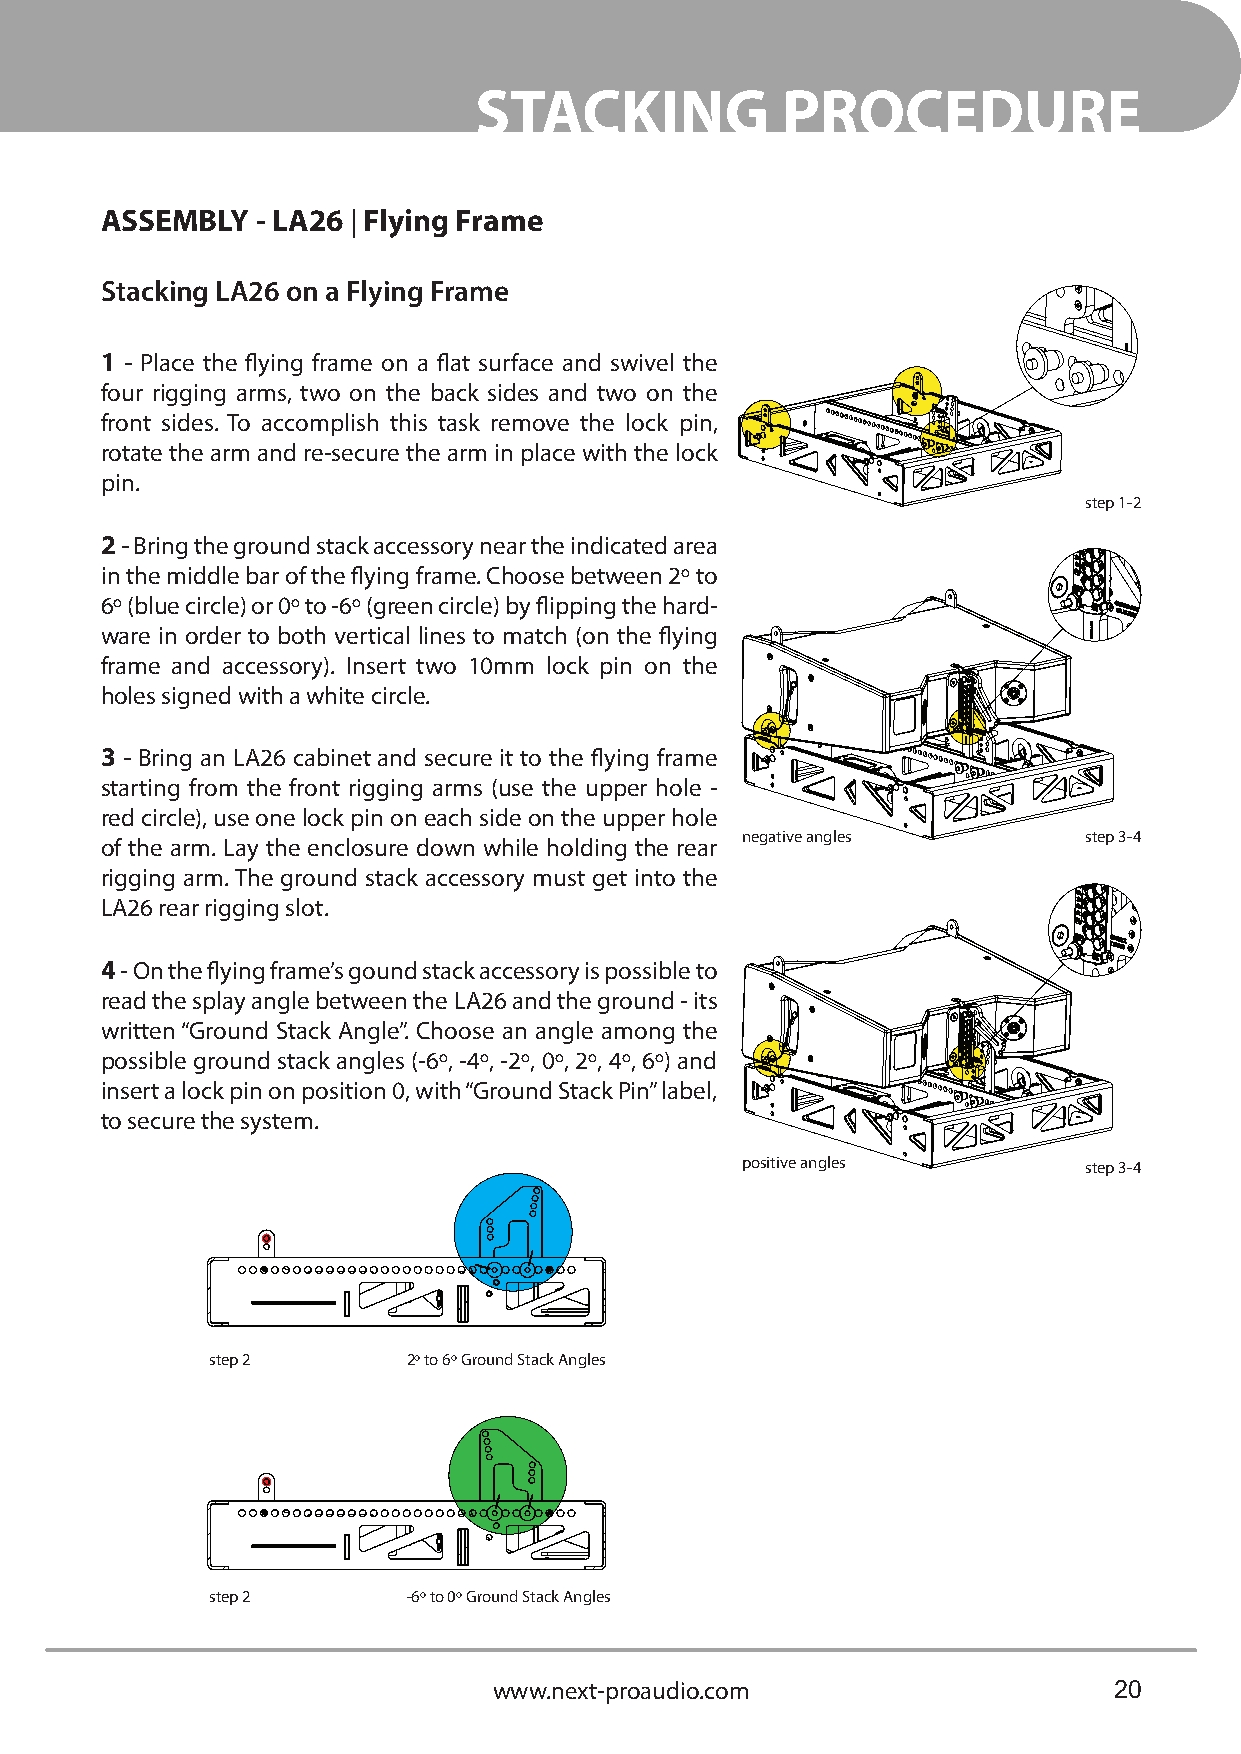
STACKING             PROCEDURE
 ASSEMBLY  - LA26 | Flying Frame
 Stacking LA26 on a Flying Frame
 1 - Place the flying frame on a flat surface and swivel the
 four rigging arms, two on the back sides and two on the
 front sides. To accomplish this task remove the lock pin,
 rotate the arm and re-secure the arm in place with the lock
 pin.
 step 1-2
 2 - Bring the ground stack accessory near the indicated area
 in the middle bar of the flying frame. Choose between 2º to
 6º (blue circle) or 0º to -6º (green circle) by flipping the hard-
 ware in order to both vertical lines to match (on the flying
 frame and accessory). Insert two 10mm lock pin on the
 holes signed with a white circle.
 3 - Bring an LA26 cabinet and secure it to the flying frame
 starting from the front rigging arms (use the upper hole -
 red circle), use one lock pin on each side on the upper hole
 negative angles        step 3-4
 of the arm. Lay the enclosure down while holding the rear
 rigging arm. The ground stack accessory must get into the
 LA26 rear rigging slot.
 4 - On the flying frame’s gound stack accessory is possible to
 read the splay angle between the LA26 and the ground - its
 written “Ground Stack Angle”. Choose an angle among the
 possible ground stack angles (-6º, -4º, -2º, 0º, 2º, 4º, 6º) and
 insert a lock pin on position 0, with “Ground Stack Pin” label,
 to secure the system.
 positive angles        step 3-4
 step 2       2º to 6º Ground Stack Angles
 step 2       -6º to 0º Ground Stack Angles
 www.next-proaudio.com                    20